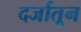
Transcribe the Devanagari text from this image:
दर्जातून